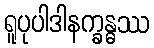
ရူပုပါဒါနက္ခန္ဓဿ